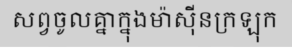
សព្វចូលគ្នាក្នុងម៉ាស៊ីនក្រឡុក